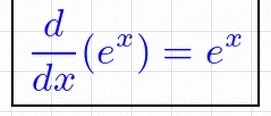
\frac{d}{dx}(e^x)=e^x